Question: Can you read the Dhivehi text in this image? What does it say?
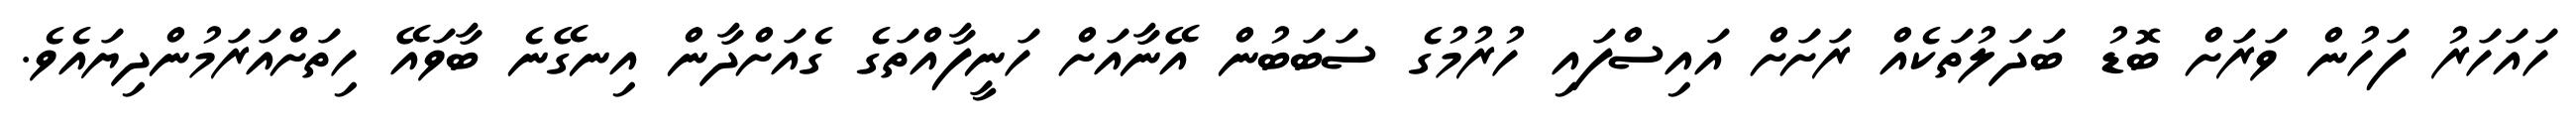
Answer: ހައަހަރު ފަހުން ވަރަށް ބޮޑު ބަދަލުތަކެއް ރަށަށް އައިސްފައި ހުރުމުގެ ސަބަބުން އޭނާއަށް ހަނީފާއްތަގެ ގެއަށްދާން އިނގޭނެ ބާވައޭ ހިތަށްއަރަމުންދިޔައެވެ.